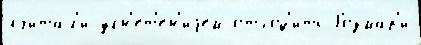
счита́л'и угн'ет'е́н'иjем отход'и́ть Розмар'и